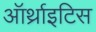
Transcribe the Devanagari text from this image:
ऑर्थ्राइटिस